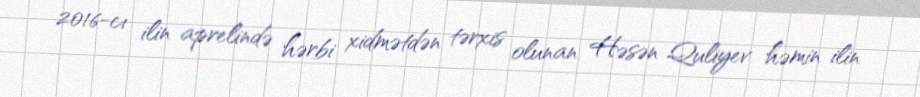
2016-cı ilin aprelində hərbi xidmətdən tərxis olunan Həsən Quliyev həmin ilin